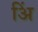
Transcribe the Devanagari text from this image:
अिं